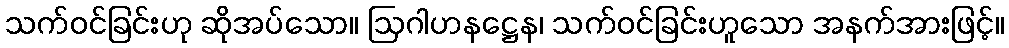
သက်ဝင်ခြင်းဟု ဆိုအပ်သော။ ဩဂါဟနဋ္ဌေန၊ သက်ဝင်ခြင်းဟူသော အနက်အားဖြင့်။